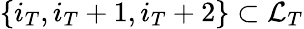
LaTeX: \{ i_{T},i_{T}+1,i_{T}+2\} \subset\mathcal{L}_{T}